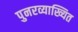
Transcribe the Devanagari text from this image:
पुनरव्याख्यित